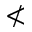
\nless